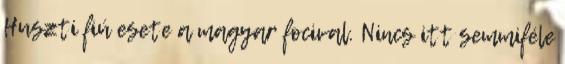
Huszti fiú esete a magyar focival. Nincs itt semmiféle